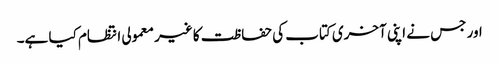
اور جس نے اپنی آخری کتاب کی حفاظت کا غیر معمولی انتظام کیا ہے۔